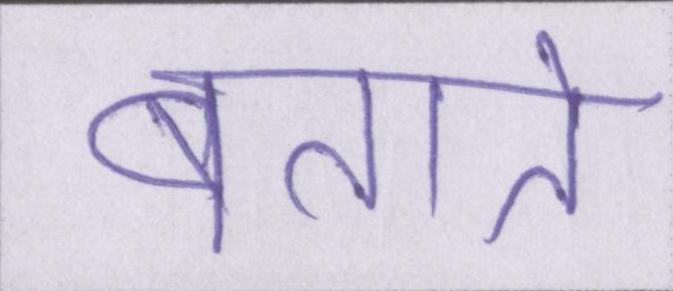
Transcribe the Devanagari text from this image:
बताते